Vaccination in Bombay 1869-1873 - 1869-1873
Year: 1869
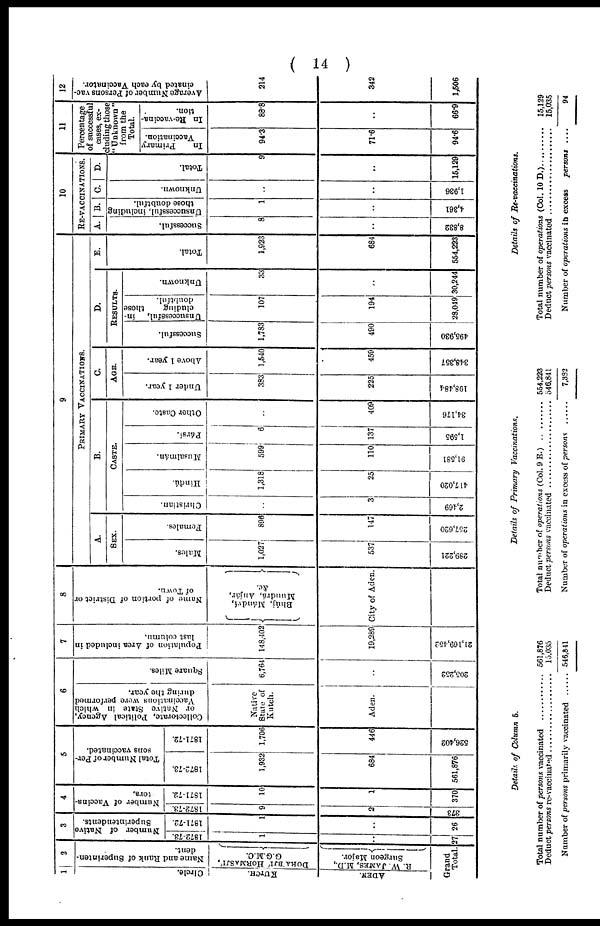
( 14 )
1
Circle.
KUTCH.
ADEN.
2
Name and Rank of Superinten-
dent.
DORA BJI HORMASJI,
G.G.M.C.
R. W. JAMES, M.D.,
Surgeon Major.
Grand
Total.5
3
Number of Native
Superintendents.
1872-73.
1
..
27
1871-72.
1
..
26
4
Number of Vaccina-
tors.
1872-73.
9
2
373
1871-72.
10
1
370
5
Total Number of Per-
sons vaccinated.
1872-73.
1,932
684
561,876
1871-72.
1,706
446
526,402
6
Collectorate, Political Agency,
or Native State in which
Vaccinations were performed
during the year.
Native
State of
Kutch.
Aden.
Square Miles.
6,764
..
205,252
7
Population of Area included in
last column.
148,402
19,289
21,169,152
8
Name of portion of District or
of Town.
Bhúj, Mándví,
Mundrá, Anjár,
&c.
City of Aden.
9
PRIMARY VACCINATIONS.
A.
SEX.
Males.
1,027
537
289,221
Females.
896
147
257,620
B.
CASTE.
Christian.
..
3
2,469
Hindú.
1,318
25
417,020
Musalmán.
599
110
91,581
Pársi.
6
137
1,595
Other Caste.
..
409
34,176
C.
AGE.
Under 1 year.
383
225
198,484
Above 1 year.
1,540
459
348,357
D.
RESULTS.
Successful.
1,783
490
495,930
Unsuccessful, in-
cluding
those
doubtful.
107
194
28,049
Unknown.
33
..
30,244
E.
Total.
1,923
684
554,223
10
RE-VACCINATIONS.
A.
Successful.
8
..
8,832
B.
Unsuccessful, including
those doubtful.
1
..
4,361
C.
Unknown.
..
..
1,936
D.
Total.
9
..
15,129
11
Percentage
of successful
cases, ex-
cluding those
"Unknown"
from the
Total.
In
Primary
Vaccination.
94.3
71.6
94.6
In Re-vaccina-
tion.
88.8
..
66.9
12
Average Number of Persons vac-
cinated by each Vaccinator.
214
342
1,506
Details of Column 5.
Total number of persons vaccinated ...........
Deduct persons re-vaccinated ..........
Number of persons primarily vaccinated
561,876
15,035
546,841
Details of Primary Vaccinations.
Total number of operations vaccinated ...........
Deduct persons re-vaccinated ..........
Number of operations primarily vaccinated
554,223
546,811
7,332
Details of Re-vaccinations.
Total number of operations (Col. 10 D.) .........
Deduct persons vaccinated ..........
Number of operations in excess persons ....
15,129
15,035
94